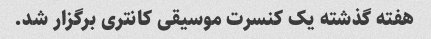
هفته گذشته یک کنسرت موسیقی کانتری برگزار شد.